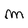
Character: m